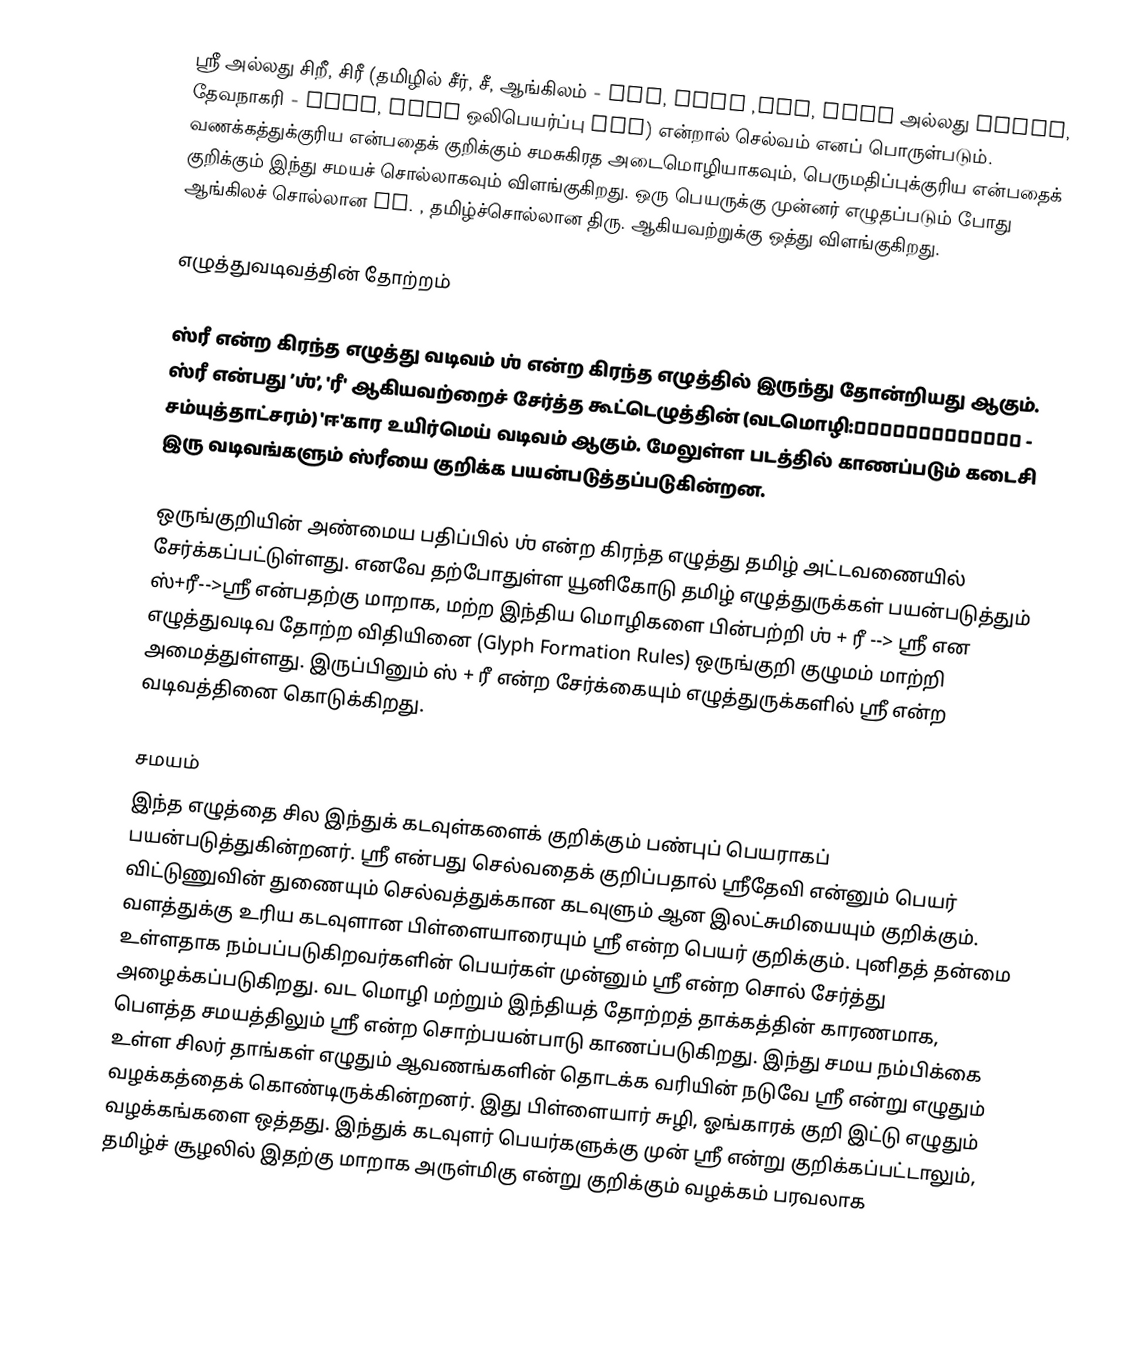
ஸ்ரீ அல்லது சிறீ, சிரீ (தமிழில் சீர், சீ, ஆங்கிலம் - Sri, Shri ,Sre, Shre அல்லது Shree, தேவநாகரி - श्री, IAST ஒலிபெயர்ப்பு Śrī) என்றால் செல்வம் எனப் பொருள்படும். வணக்கத்துக்குரிய என்பதைக் குறிக்கும் சமசுகிரத அடைமொழியாகவும், பெருமதிப்புக்குரிய என்பதைக் குறிக்கும் இந்து சமயச் சொல்லாகவும் விளங்குகிறது. ஒரு பெயருக்கு முன்னர் எழுதப்படும் போது ஆங்கிலச் சொல்லான Mr. , தமிழ்ச்சொல்லான திரு. ஆகியவற்றுக்கு ஒத்து விளங்குகிறது.

எழுத்துவடிவத்தின் தோற்றம்

ஸ்ரீ என்ற கிரந்த எழுத்து வடிவம் ஶ் என்ற கிரந்த எழுத்தில் இருந்து தோன்றியது ஆகும். ஸ்ரீ என்பது ’ஶ்’, 'ரீ' ஆகியவற்றைச் சேர்த்த கூட்டெழுத்தின் (வடமொழி:संयुक्ताक्षरं - சம்யுத்தாட்சரம்) 'ஈ'கார உயிர்மெய் வடிவம் ஆகும். மேலுள்ள படத்தில் காணப்படும் கடைசி இரு வடிவங்களும் ஸ்ரீயை குறிக்க பயன்படுத்தப்படுகின்றன.

ஒருங்குறியின் அண்மைய பதிப்பில் ஶ் என்ற கிரந்த எழுத்து தமிழ் அட்டவணையில் சேர்க்கப்பட்டுள்ளது. எனவே தற்போதுள்ள யூனிகோடு தமிழ் எழுத்துருக்கள் பயன்படுத்தும் ஸ்+ரீ-->ஸ்ரீ என்பதற்கு மாறாக, மற்ற இந்திய மொழிகளை பின்பற்றி ஶ் + ரீ --> ஸ்ரீ என எழுத்துவடிவ தோற்ற விதியினை (Glyph Formation Rules) ஒருங்குறி குழுமம் மாற்றி அமைத்துள்ளது. இருப்பினும் ஸ் + ரீ என்ற சேர்க்கையும் எழுத்துருக்களில் ஸ்ரீ என்ற வடிவத்தினை கொடுக்கிறது.

சமயம்
இந்த எழுத்தை சில இந்துக் கடவுள்களைக் குறிக்கும் பண்புப் பெயராகப் பயன்படுத்துகின்றனர். ஸ்ரீ என்பது செல்வதைக் குறிப்பதால் ஸ்ரீதேவி என்னும் பெயர் விட்டுணுவின் துணையும் செல்வத்துக்கான கடவுளும் ஆன இலட்சுமியையும் குறிக்கும். வளத்துக்கு உரிய கடவுளான பிள்ளையாரையும் ஸ்ரீ என்ற பெயர் குறிக்கும். புனிதத் தன்மை உள்ளதாக நம்பப்படுகிறவர்களின் பெயர்கள் முன்னும் ஸ்ரீ என்ற சொல் சேர்த்து அழைக்கப்படுகிறது. வட மொழி மற்றும் இந்தியத் தோற்றத் தாக்கத்தின் காரணமாக, பௌத்த சமயத்திலும் ஸ்ரீ என்ற சொற்பயன்பாடு காணப்படுகிறது. இந்து சமய நம்பிக்கை உள்ள சிலர் தாங்கள் எழுதும் ஆவணங்களின் தொடக்க வரியின் நடுவே ஸ்ரீ என்று எழுதும் வழக்கத்தைக் கொண்டிருக்கின்றனர். இது பிள்ளையார் சுழி, ஓங்காரக் குறி இட்டு எழுதும் வழக்கங்களை ஒத்தது. இந்துக் கடவுளர் பெயர்களுக்கு முன் ஸ்ரீ என்று குறிக்கப்பட்டாலும், தமிழ்ச் சூழலில் இதற்கு மாறாக அருள்மிகு என்று குறிக்கும் வழக்கம் பரவலாக